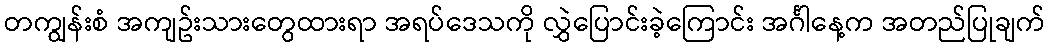
တကျွန်းစံ အကျဥ်းသားတွေထားရာ အရပ်ဒေသကို လွှဲပြောင်းခဲ့ကြောင်း အင်္ဂါနေ့က အတည်ပြုချက်